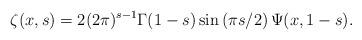
LaTeX: \begin{align*}\zeta(x,s)&=2(2\pi)^{s-1}\Gamma(1-s)\sin\left(\pi s/2\right)\Psi(x,1-s).\end{align*}